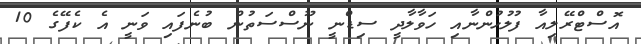
އޮސްޓްރޭލިއާ ފުލުހުންނާއި ހަވާލާދީ ސިޑްނީ ނޫސްސަތުން ބުނެފައި ވަނީ އެ ކެފޭގެ 10